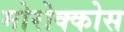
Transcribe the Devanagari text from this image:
मोरोक्कोस